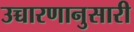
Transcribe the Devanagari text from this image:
उच्चारणानुसारी